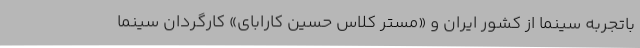
باتجربه سینما از کشور ایران و «مستر کلاس حسین کارابای» کارگردان سینما